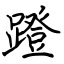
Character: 蹬